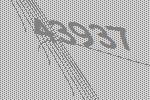
43937